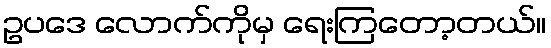
ဥပဒေ လောက်ကိုမှ ရေးကြတော့တယ်။